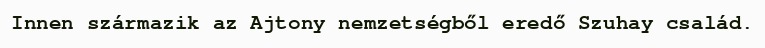
Innen származik az Ajtony nemzetségből eredő Szuhay család.